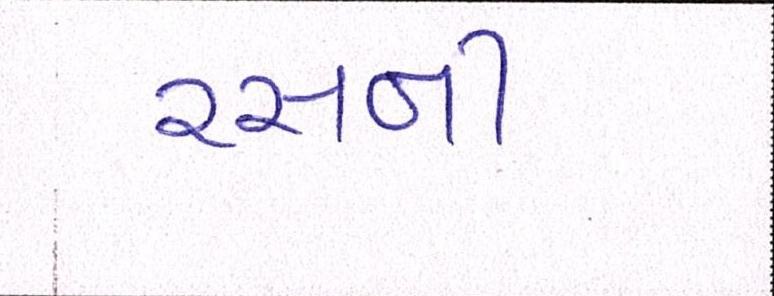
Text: રસની